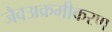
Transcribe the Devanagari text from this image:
जैवअक्रमीकरण